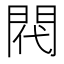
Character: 𫔟